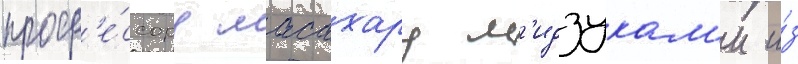
проф'е́ссору масахару м'идзукам'и и́з